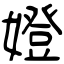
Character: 嬁